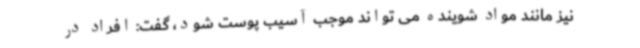
نیز مانند مواد شوینده می تواند موجب آسیب پوست شود، گفت: افراد در